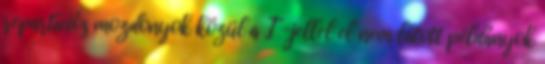
repartíciós mozdonyok közül a „T”-jellel el nem látott példányok